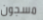
مسجون